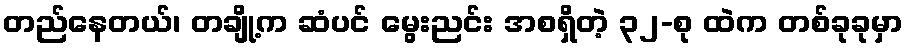
တည်နေတယ်၊ တချို့က ဆံပင် မွေးညင်း အစရှိတဲ့ ၃၂-စု ထဲက တစ်ခုခုမှာ